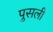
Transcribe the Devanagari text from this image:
पुसली